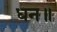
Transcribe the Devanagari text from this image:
धन॥